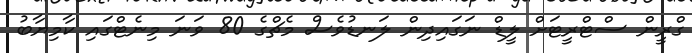
ގްރީން ސްޓްރީޓަށް ލީޑް ނަގައިދިން ލަނޑުވެސް މެޗްގެ 80 ވަނަ މިނެޓްގައި ކާމިޔާބު